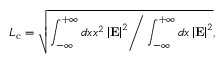
L _ { \mathrm { c } } = \sqrt { \left. \int _ { - \infty } ^ { + \infty } d x x ^ { 2 } \left| { \bf E } \right| ^ { 2 } \right/ \int _ { - \infty } ^ { + \infty } d x \left| { \bf E } \right| ^ { 2 } } ,